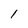
Character: l